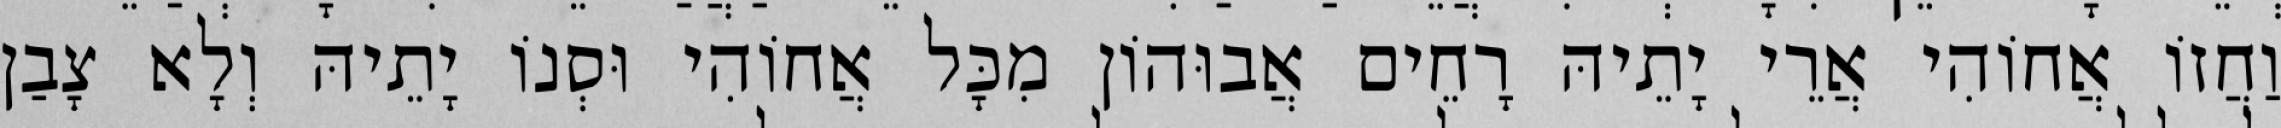
וַחֲזוֹ אֲחוֹהִי אֲרֵי יָתֵיהּ רָחֵים אֲבוּהוֹן מִכָּל אֲחוֹהִי וּסְנוֹ יָתֵיהּ וְלָא צָבַן